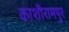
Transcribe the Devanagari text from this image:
काशीरामपुर